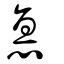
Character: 悳